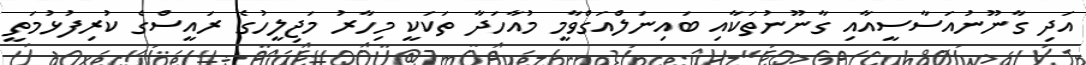
އަދި ގާނޫނުއަސާސީއާއި ގާނޫނުތަކާއި ބައިނަލްއަގްވާމީ މުއާހަދާ ތަކަކީ މިހާރު މަޖިލީހުގެ ރައީސްގެ ކުރިފުޅުމަތީ